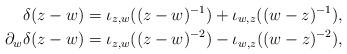
LaTeX: \begin{align*}\delta(z-w)&=\iota_{z, w}((z-w)^{-1})+\iota_{w, z}((w-z)^{-1}),\\\partial_w\delta(z-w)&=\iota_{z, w}((z-w)^{-2})-\iota_{w, z}((w-z)^{-2}),\end{align*}